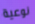
نوعية